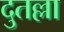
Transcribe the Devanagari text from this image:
दुतल्ला